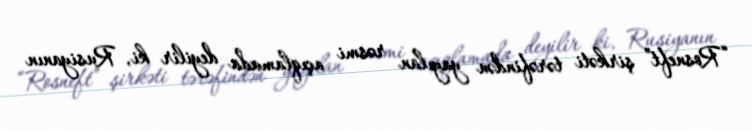
“Rosneft” şirkəti tərəfindən yayılan rəsmi açıqlamada deyilir ki, Rusiyanın